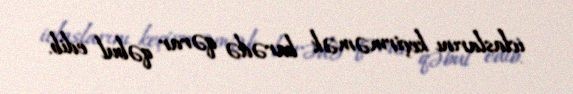
iclaslarını keçirməmək barədə qərar qəbul edib.